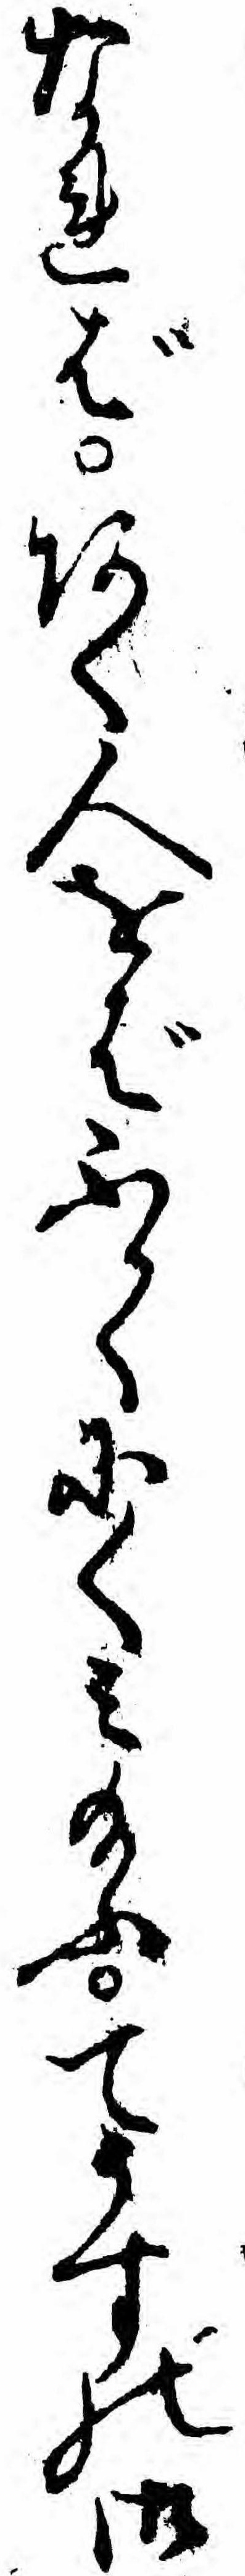
なればあく人をばふかくにくミ給ふてうすの御